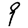
Digit: 9